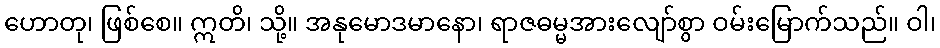
ဟောတု၊ ဖြစ်စေ။ ဣတိ၊ သို့။ အနုမောဒမာနော၊ ရာဇဓမ္မအားလျော်စွာ ဝမ်းမြောက်သည်။ ဝါ၊